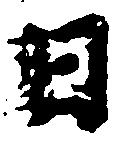
日